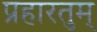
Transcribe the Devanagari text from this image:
प्रहारतुम्